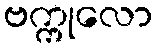
ဗက္ကုလော